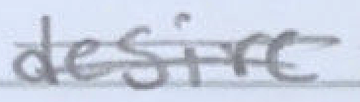
Text: desire
Cross-out: double-line
Writing tool: pencil